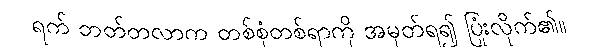
ရက် ဘတ်တလာက တစ်စုံတစ်ရာကို အမှတ်ရ၍ ပြုံးလိုက်၏။